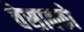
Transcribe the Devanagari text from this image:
वेसाक्को